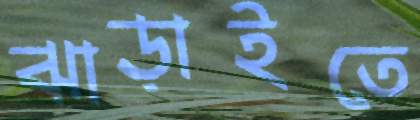
ঝাড়াইতে